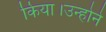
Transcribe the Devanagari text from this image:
किया।उन्होने